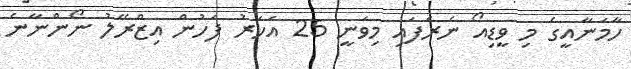
ހާމަނާއީގެ މި ވީޑިއޯ ނެރެފައި މިވަނީ 25 އަހަރު ފަހުން އިޒްރޭލު ނޯންނާނެ